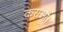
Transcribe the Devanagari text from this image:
कराओ।